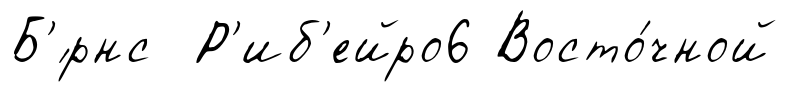
Б'́рнс Р'иб'ейро6 Восто́чной